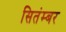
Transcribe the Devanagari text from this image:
सितंम्बर